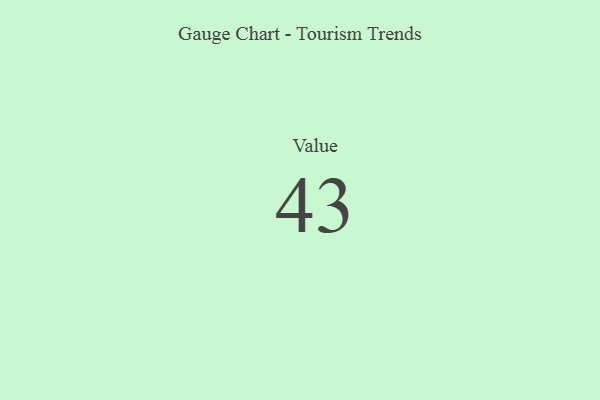
{"axis": {"x": "Metric", "y": "Value"}, "legend": [""], "data": [{"x": "Value", "y": 43, "type": ""}]}